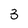
Character: 3